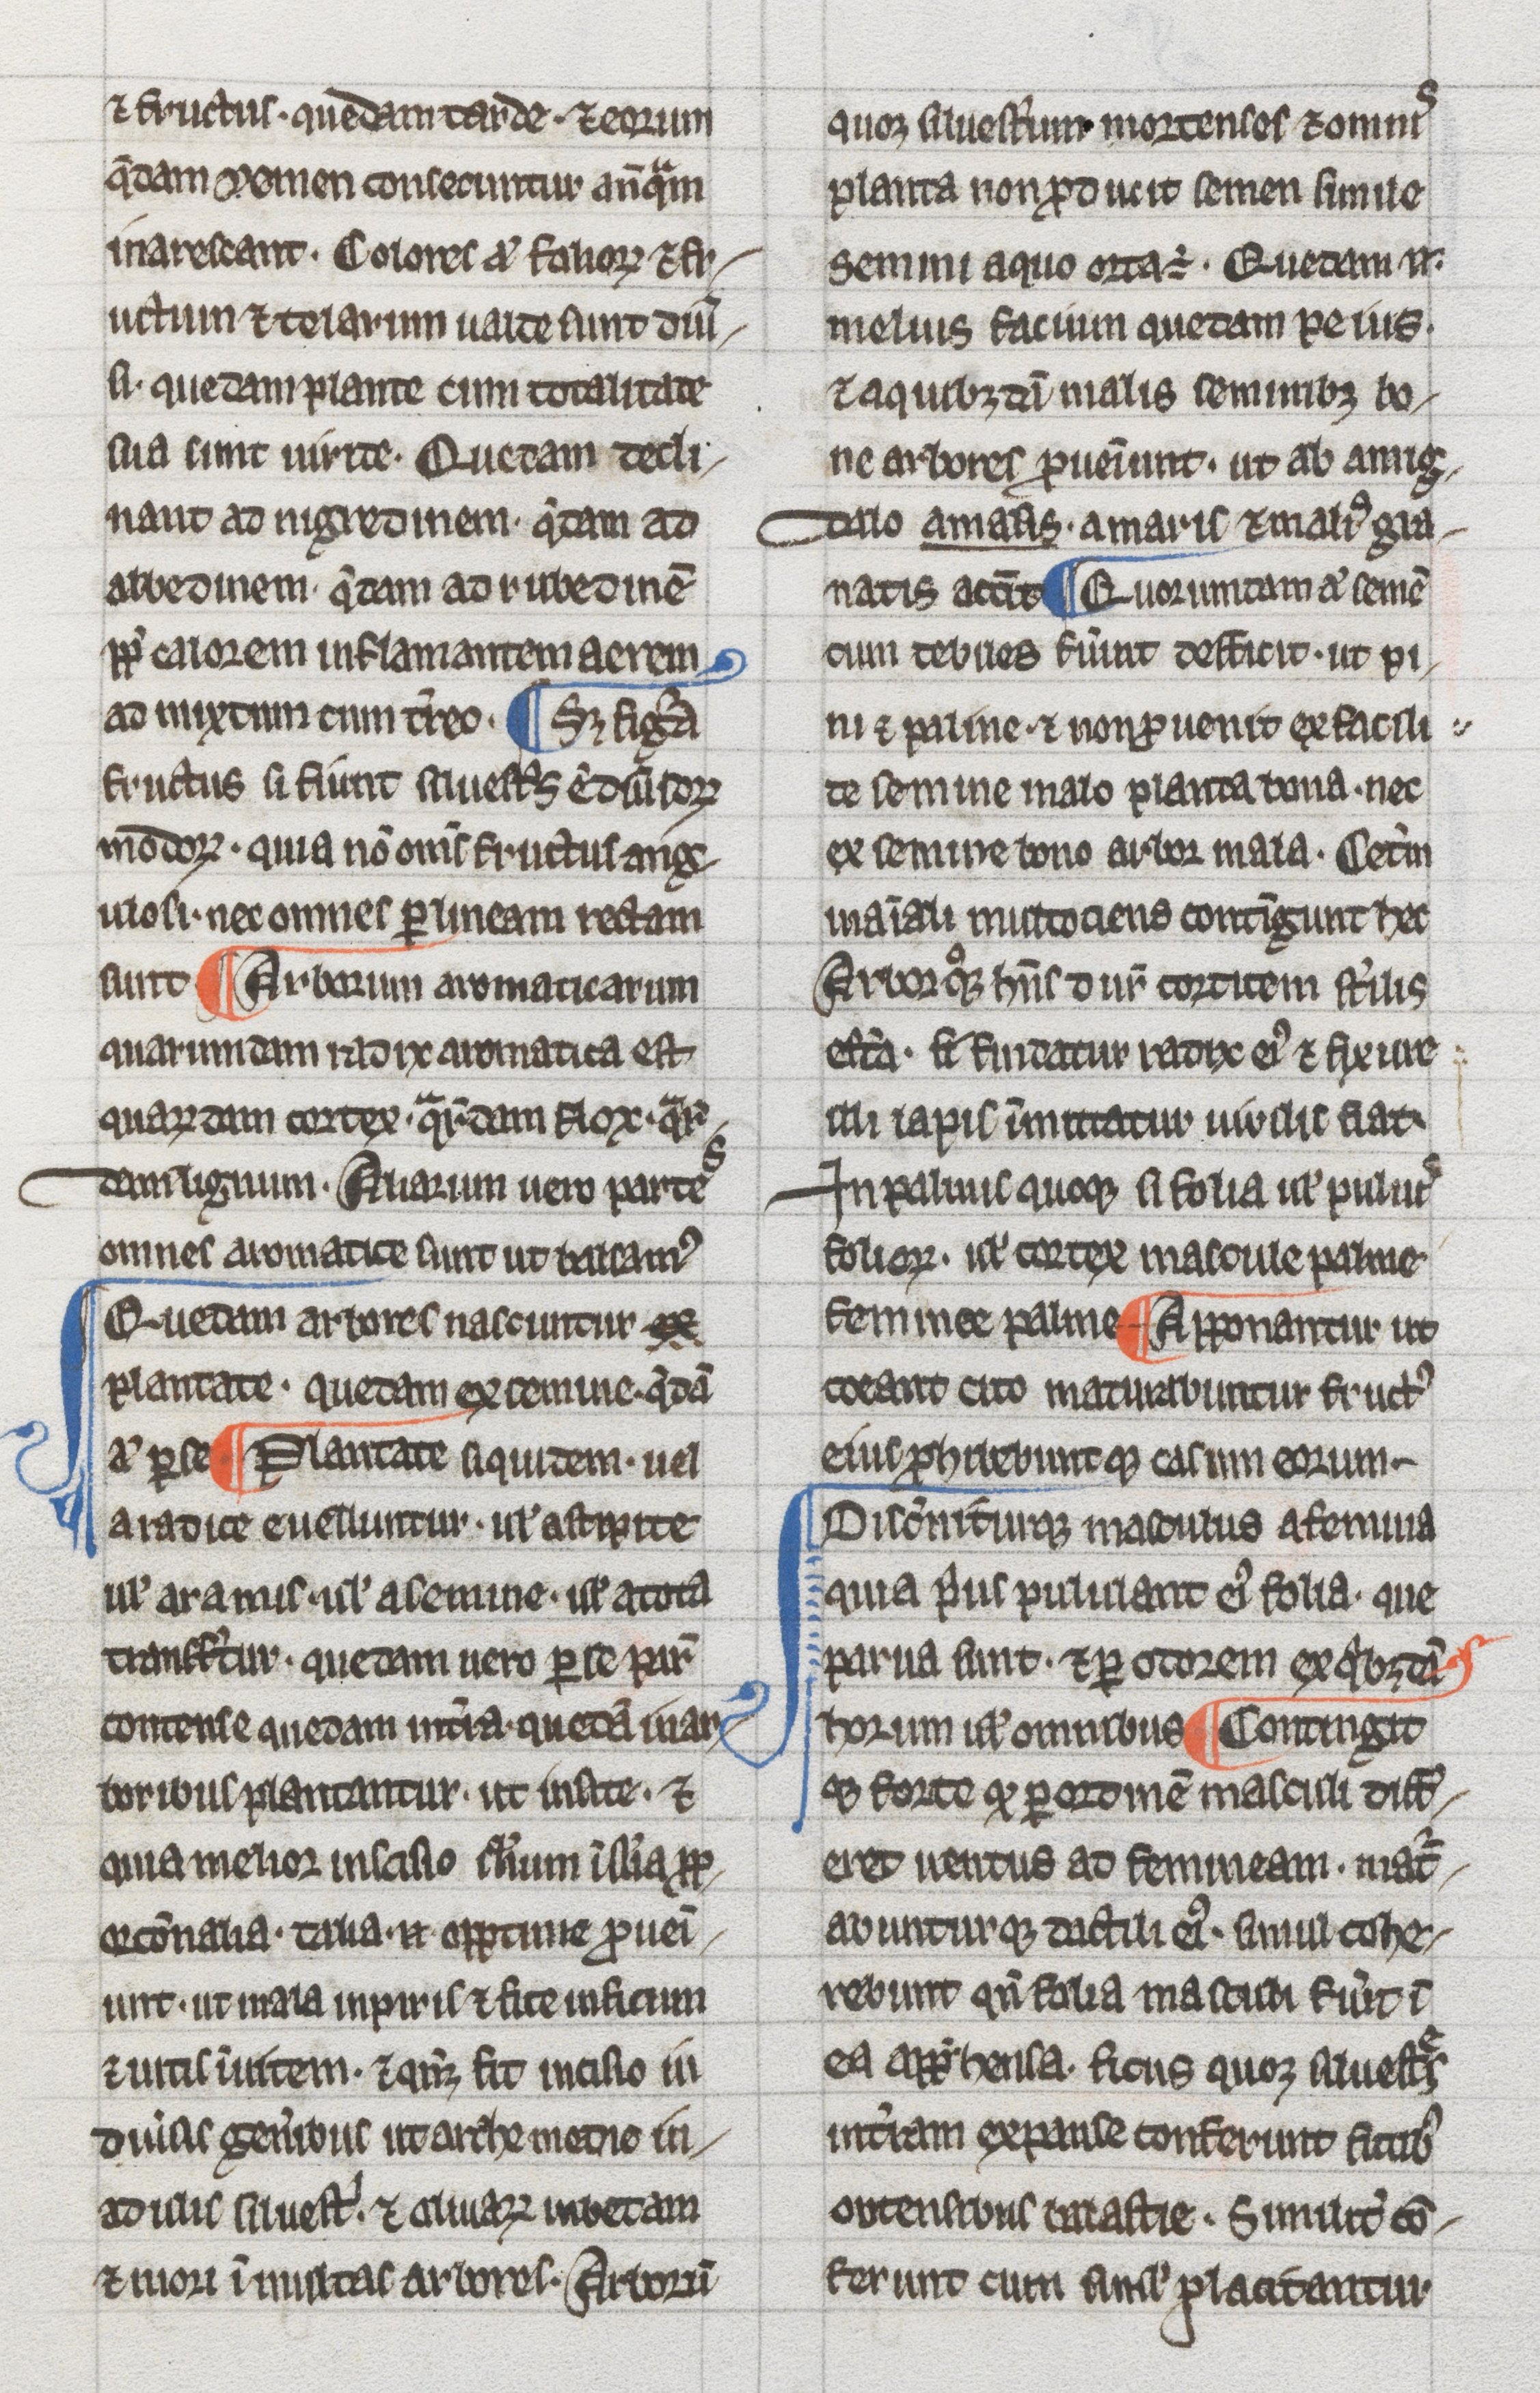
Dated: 1275–1299